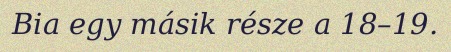
Bia egy másik része a 18–19.